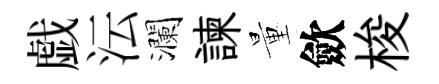
戯沄瀾諫量歛梭